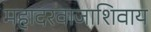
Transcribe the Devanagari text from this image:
महादरवाजाशिवाय